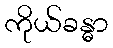
ကိုယ်ခန္ဓာ